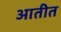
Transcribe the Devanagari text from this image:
आतीत